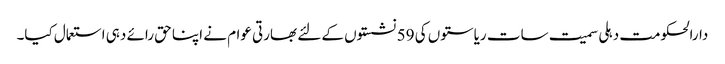
دارالحکومت دہلی سمیت سات ریاستوں کی 59 نشستوں کے لئے بھارتی عوام نے اپنا حق رائے دہی استعمال کیا۔